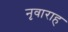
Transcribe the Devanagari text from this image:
नृवाराह